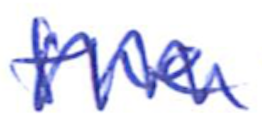
Text: the
Cross-out: zig-zag
Writing tool: ballpoint